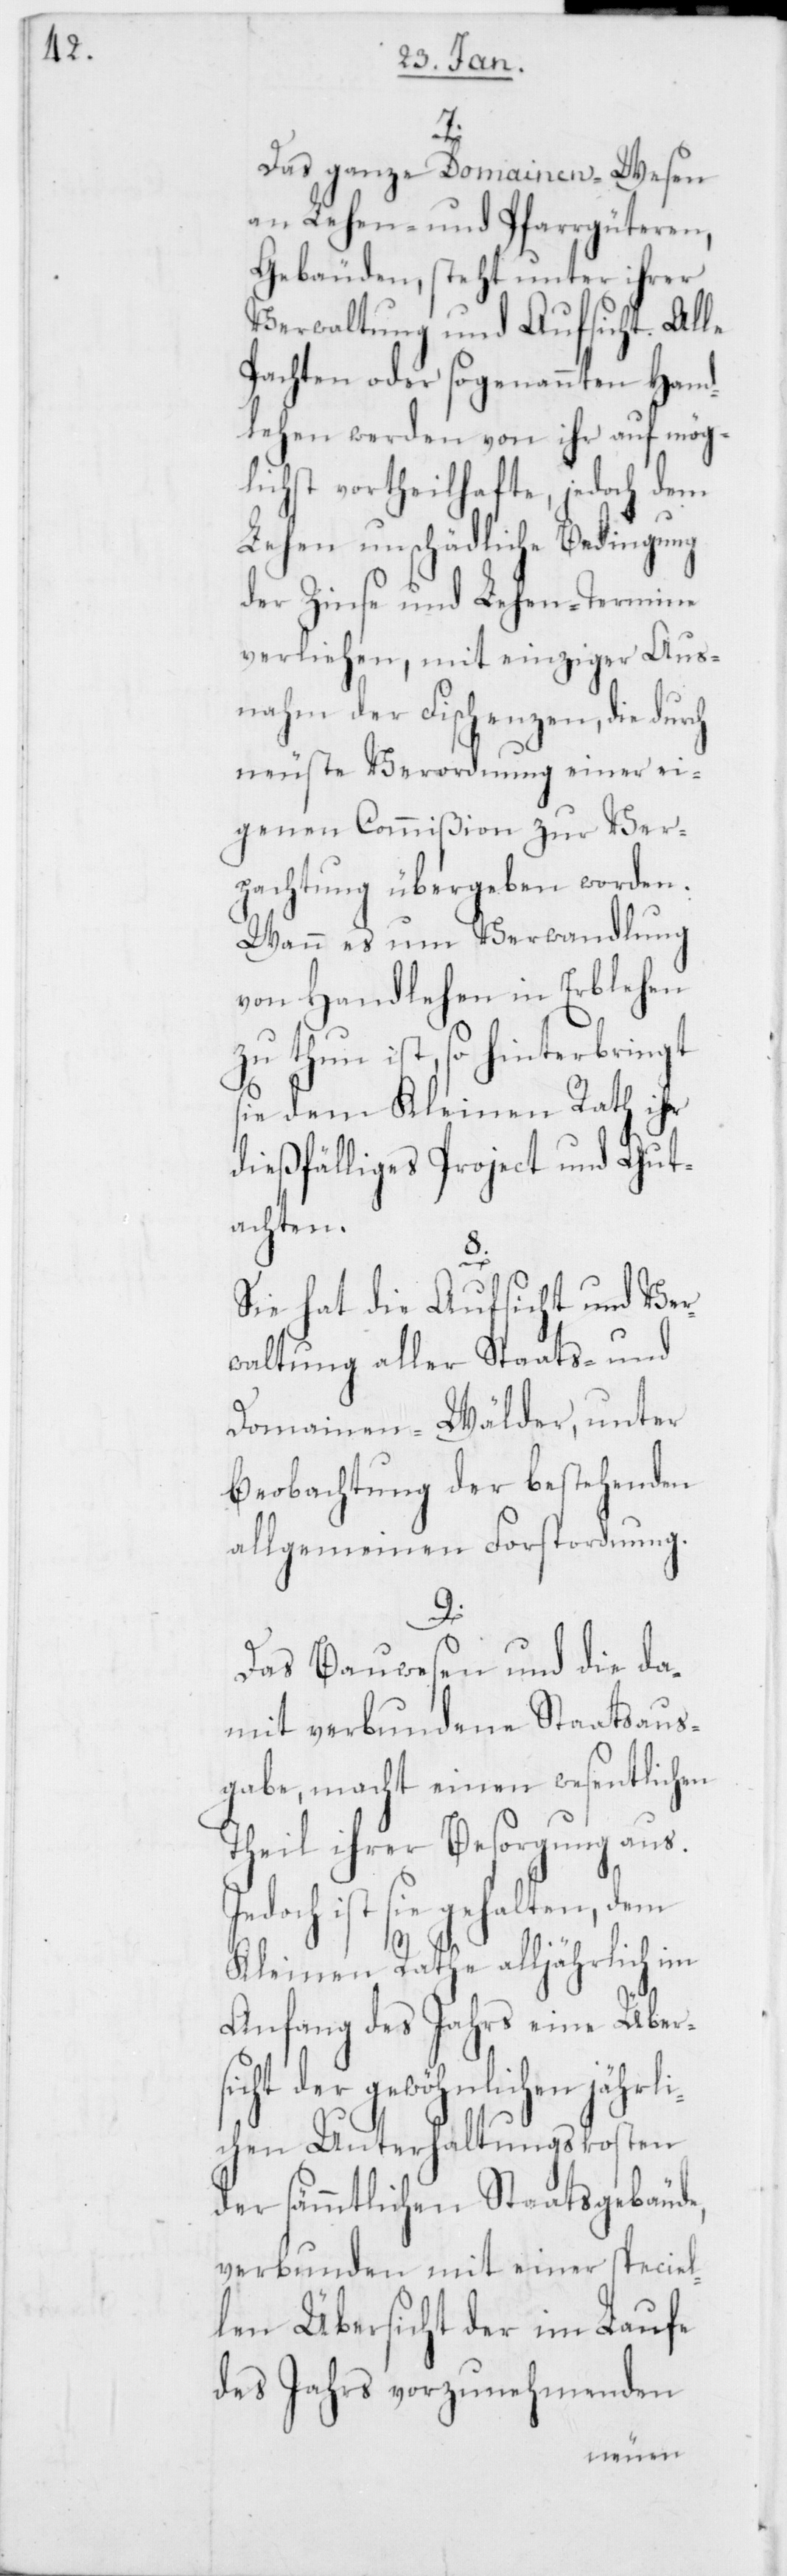
7.
Das ganze Domainen-Wesen
an Lehen- und Pfarrgüteren,
Gebäuden, steht unter ihrer
Verwaltung und Aufsicht. Alle
Pachten oder sogenannten Hand¬
lehen werden von ihr auf mög¬
lichst vortheilhafte, jedoch dem
Lehen unschädliche Bedingung
der Zinse und Lehen-Termine
verliehen, mit einziger Aus¬
nahm der Fischenzen, die durch
neuste Verordnung einer ei¬
genen Commißion zur Ver¬
pachtung übergeben worden.
Wann es um Verwandlung
von Handlehen in Erblehen
zu thun ist, so hinterbringt
sie dem Kleinen Rath ihr
dießfälliges Project und Gut¬
achten.
Sie hat die Aufsicht und Ver¬
waltung aller Staats- und
Domainen-Wälder, unter
Beobachtung der bestehenden
allgemeinen Forstordnung.
9.
Das Bauwesen und die da¬
mit verbundene Staatsaus¬
gabe, macht einen wesentlichen
Theil ihrer Besorgung aus.
Jedoch ist sie gehalten,
Kleinen Rathe alljährlich im
Anfang des Jahrs eine Übers¬
icht der gewöhnlichen jährl¬
ichen Unterhaltungskosten
der sämmtlichen Staatsgebäude,
verbunden mit einer speciel¬
len Übersicht der im Laufe
des Jahrs vorzunehmenden